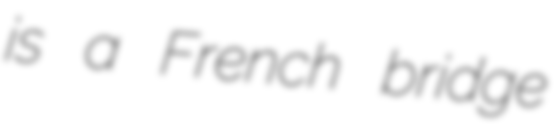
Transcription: is a French bridge